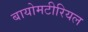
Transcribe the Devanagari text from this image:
बायोमटीरियल